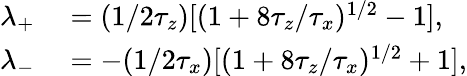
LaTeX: \begin{array}{rl}{\lambda_{+}}&{{}=(1/2\tau_{z})[(1+8\tau_{z}/\tau_{x})^{1/2}-1],}\\ {\lambda_{-}}&{{}=-(1/2\tau_{x})[(1+8\tau_{z}/\tau_{x})^{1/2}+1],}\end{array}